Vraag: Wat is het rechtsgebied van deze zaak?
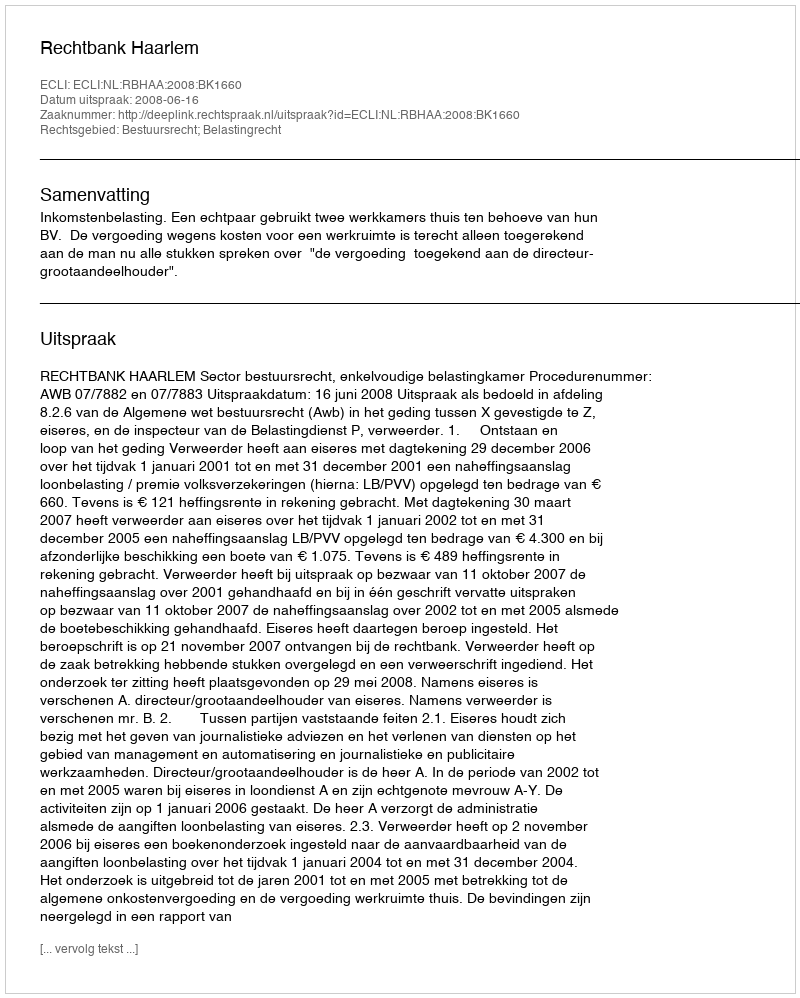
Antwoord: Bestuursrecht; Belastingrecht